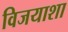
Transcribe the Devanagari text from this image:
विजयाशा